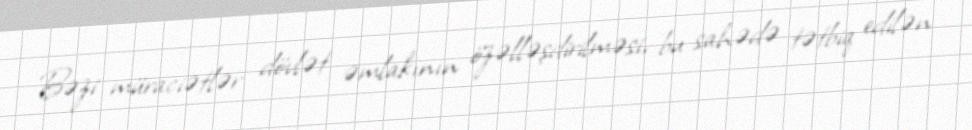
Bəzi müraciətlər dövlət əmlakının özəlləşdirilməsi, bu sahədə tətbiq edilən